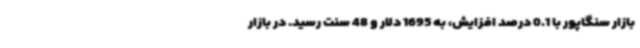
بازار سنگاپور با 0.1 درصد افزایش، به 1695 دلار و 48 سنت رسید. در بازار